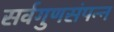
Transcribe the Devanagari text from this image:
सर्वगुणसंपन्‍न